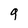
Character: 9